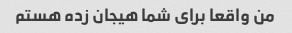
من واقعا برای شما هیجان زده هستم